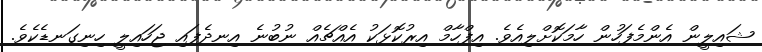
ޝައިލީން އެންމެފަހުން ހާމަކޮށްލިއެވެ. އިފްހާމް އިރުކޮޅަކު އެއްޗެއް ނުބުނެ އިނދެފައި ޖަހައިލީ ހިނިގަނޑެކެވެ.